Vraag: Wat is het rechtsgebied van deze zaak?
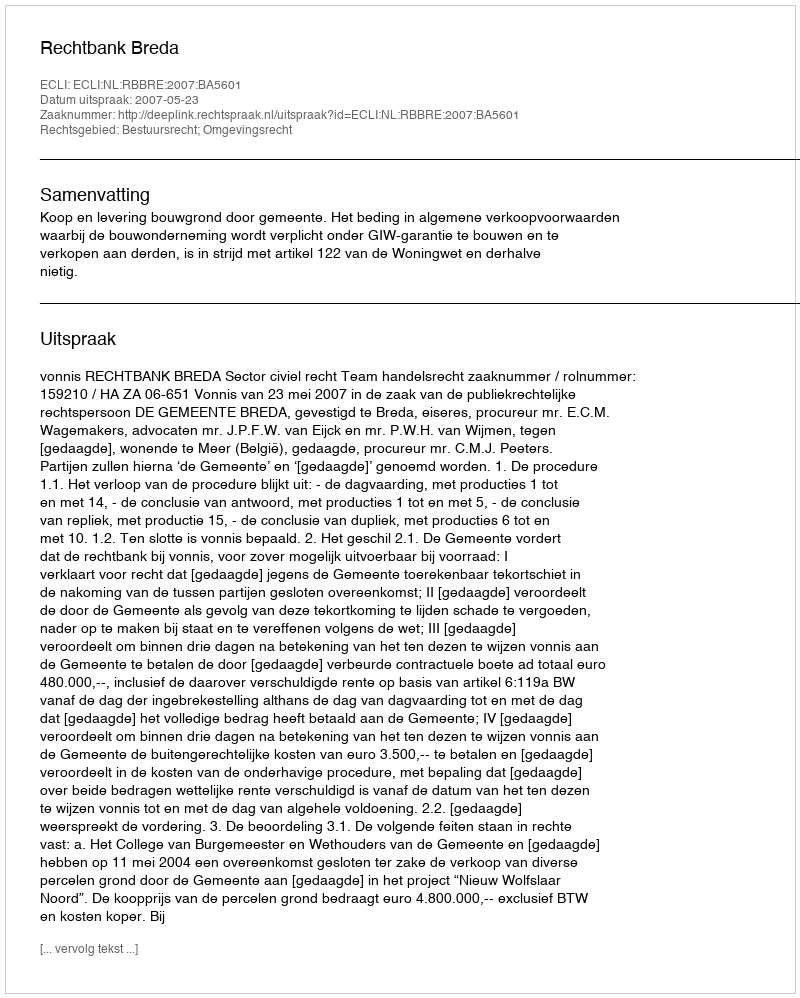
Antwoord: Bestuursrecht; Omgevingsrecht